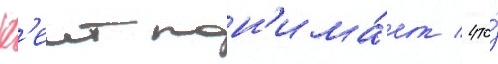
К'еит пон'има́ет / что́